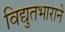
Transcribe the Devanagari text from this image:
विद्युतभाराने